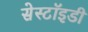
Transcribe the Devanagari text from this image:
सेस्टॉइडी